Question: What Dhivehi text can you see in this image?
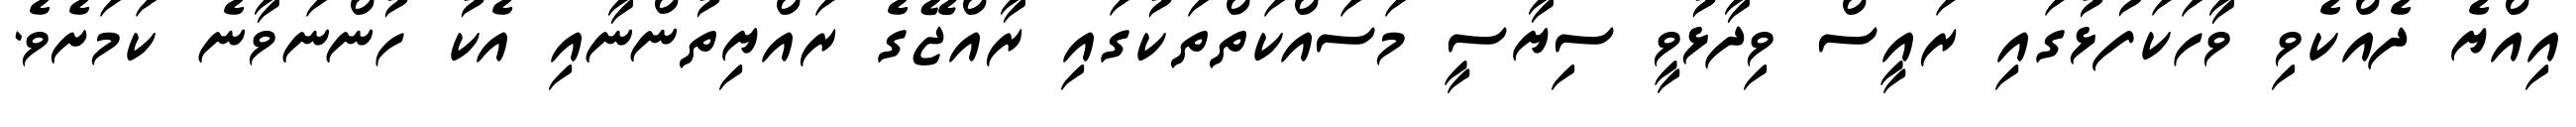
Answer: އިއްޔެ ދެއްކެވި ވާހަކަފުޅުގައި ރައީސް ވިދާޅުވީ ސިޔާސީ މަސައްކަތްތަކުގައި ރާއްޖޭގެ ރައްޔިތުންނާއި އެކު ހުންނަވާނެ ކަމަށެވެ.